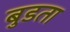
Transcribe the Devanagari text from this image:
बुडता